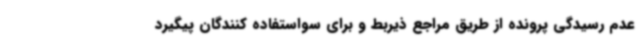
عدم رسیدگی پرونده از طریق مراجع ذیربط و برای سواستفاده کنندگان پیگیرد